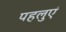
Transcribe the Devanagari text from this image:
पहलुएं